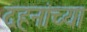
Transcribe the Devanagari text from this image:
दहनांच्या